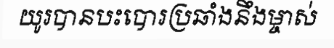
យូរបានបះបោរប្រឆាំងនឹងម្ចាស់